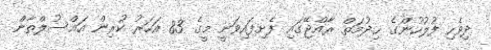
ދިވެހި ފުލުހުންގެ ޚިދުމަތް ރާއްޖޭގައި ފެށިފައިވަނީ މީގެ 83 އަހަރު ކުރިން އައްސުލްތާން